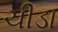
ચીડા